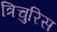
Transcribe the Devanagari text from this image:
त्रिचुरिस